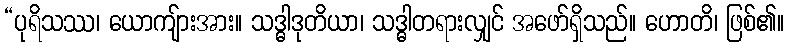
“ပုရိသဿ၊ ယောကျ်ားအား။ သဒ္ဓါဒုတိယာ၊ သဒ္ဓါတရားလျှင် အဖော်ရှိသည်။ ဟောတိ၊ ဖြစ်၏။